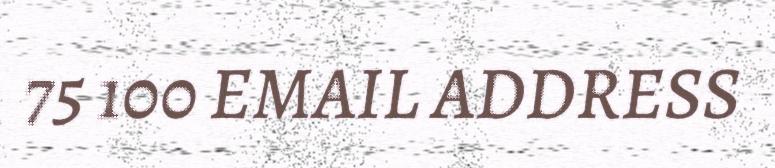
75 100 EMAIL ADDRESS